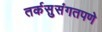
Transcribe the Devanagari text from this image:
तर्कसुसंगतपणे